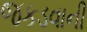
જકડવાની